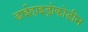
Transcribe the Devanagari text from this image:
डाईहाइड्रोकोडीन